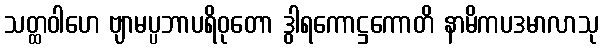
သတ္ထဝါဟေ ဗျာမပ္ပဘာပရိဝုတော ဒွါရကောဋ္ဌကောတိ နာမိကပဒမာလာသု